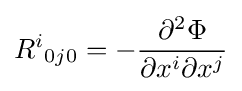
{R^{i}}_{0j0}=-{\frac {\partial ^{2}\Phi }{\partial x^{i}\partial x^{j}}}